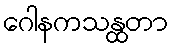
ဂေါနကသန္ထတာ